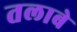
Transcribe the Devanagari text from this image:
तलाबे